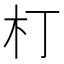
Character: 朾